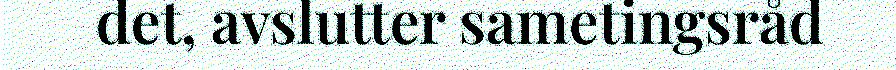
det, avslutter sametingsråd